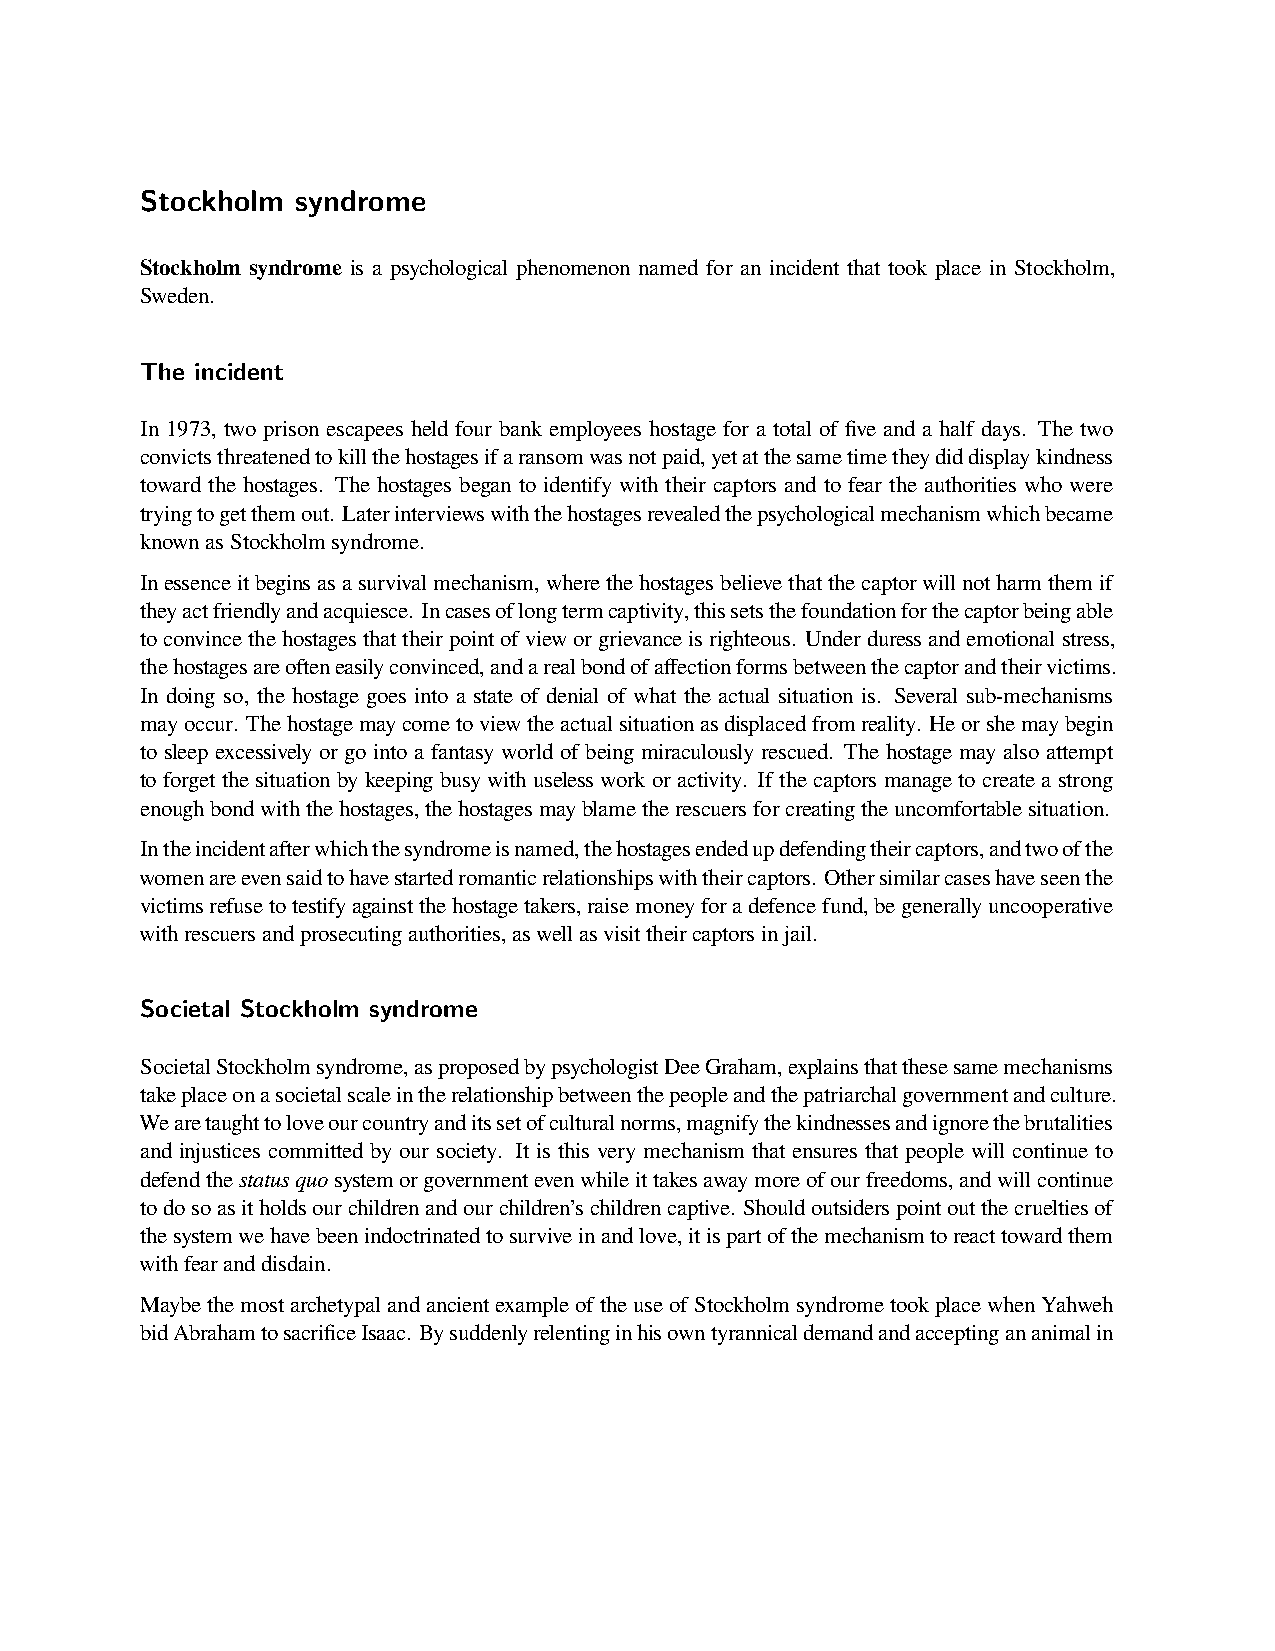
Stockholm  syndrome
 Stockholm syndrome is a psychological phenomenon named for an incident that took place in Stockholm,
 Sweden.
 The incident
 In 1973, two prison escapees held four bank employees hostage for a total of five and a half days. The two
 convictsthreatenedtokillthehostagesifaransomwasnotpaid,yetatthesametimetheydiddisplaykindness
 toward the hostages. The hostages began to identify with their captors and to fear the authorities who were
 tryingtogetthemout. Laterinterviewswiththehostagesrevealedthepsychologicalmechanismwhichbecame
 knownasStockholmsyndrome.
 Inessenceitbeginsasasurvivalmechanism,wherethehostagesbelievethatthecaptorwillnotharmthemif
 theyactfriendlyandacquiesce. Incasesoflongtermcaptivity,thissetsthefoundationforthecaptorbeingable
 toconvincethehostagesthattheirpointofvieworgrievanceisrighteous. Underduressandemotionalstress,
 thehostagesareofteneasilyconvinced,andarealbondofaffectionformsbetweenthecaptorandtheirvictims.
 In doing so, the hostage goes into a state of denial of what the actual situation is. Several sub-mechanisms
 mayoccur. Thehostagemaycometoviewtheactualsituationasdisplacedfromreality. Heorshemaybegin
 to sleep excessively or go into a fantasy world of being miraculously rescued. The hostage may also attempt
 to forget the situation by keeping busy with useless work or activity. If the captors manage to create a strong
 enoughbondwiththehostages,thehostagesmayblametherescuersforcreatingtheuncomfortablesituation.
 Intheincidentafterwhichthesyndromeisnamed,thehostagesendedupdefendingtheircaptors,andtwoofthe
 womenareevensaidtohavestartedromanticrelationshipswiththeircaptors. Othersimilarcaseshaveseenthe
 victimsrefusetotestifyagainstthehostagetakers,raisemoneyforadefencefund,begenerallyuncooperative
 withrescuersandprosecutingauthorities,aswellasvisittheircaptorsinjail.
 Societal Stockholm syndrome
 SocietalStockholmsyndrome,asproposedbypsychologistDeeGraham,explainsthatthesesamemechanisms
 takeplaceonasocietalscaleintherelationshipbetweenthepeopleandthepatriarchalgovernmentandculture.
 Wearetaughttoloveourcountryanditssetofculturalnorms,magnifythekindnessesandignorethebrutalities
 and injustices committed by our society. It is this very mechanism that ensures that people will continue to
 defendthestatusquosystemorgovernmentevenwhileittakesawaymoreofourfreedoms,andwillcontinue
 todosoasitholdsourchildrenandourchildren’schildrencaptive. Shouldoutsiderspointoutthecrueltiesof
 thesystemwehavebeenindoctrinatedtosurviveinandlove,itispartofthemechanismtoreacttowardthem
 withfearanddisdain.
 MaybethemostarchetypalandancientexampleoftheuseofStockholmsyndrometookplacewhenYahweh
 bidAbrahamtosacrificeIsaac. Bysuddenlyrelentinginhisowntyrannicaldemandandacceptingananimalin